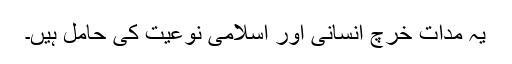
یہ مداتِ خرچ انسانی اور اسلامی نوعیت کی حامل ہیں۔